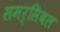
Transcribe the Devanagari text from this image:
समर्सिबल